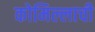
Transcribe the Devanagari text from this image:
कोमिल्लाची